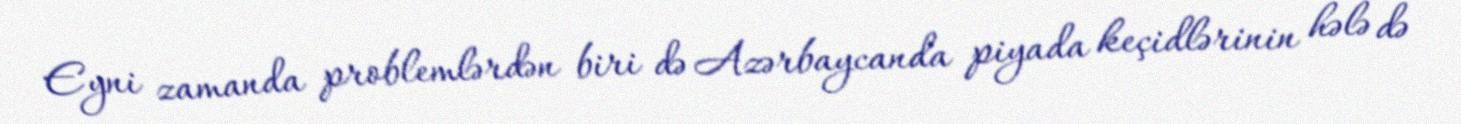
Eyni zamanda problemlərdən biri də Azərbaycanda piyada keçidlərinin hələ də